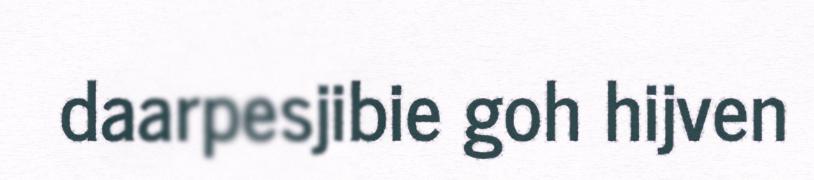
daarpesjibie goh hijven